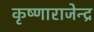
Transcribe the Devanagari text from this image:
कृष्णाराजेन्द्र